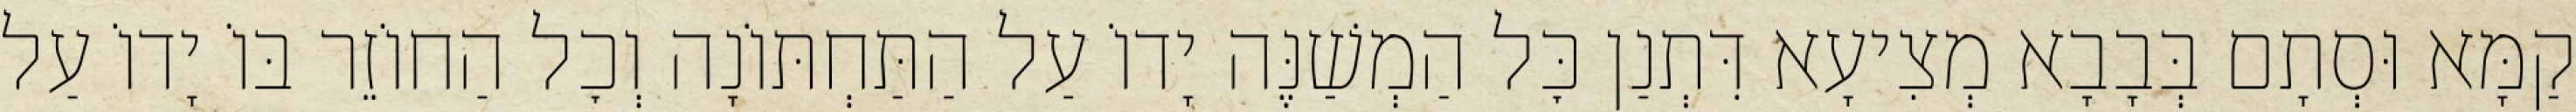
קַמָּא וּסְתָם בְּבָבָא מְצִיעָא דִּתְנַן כׇּל הַמְשַׁנֶּה יָדוֹ עַל הַתַּחְתּוֹנָה וְכׇל הַחוֹזֵר בּוֹ יָדוֹ עַל